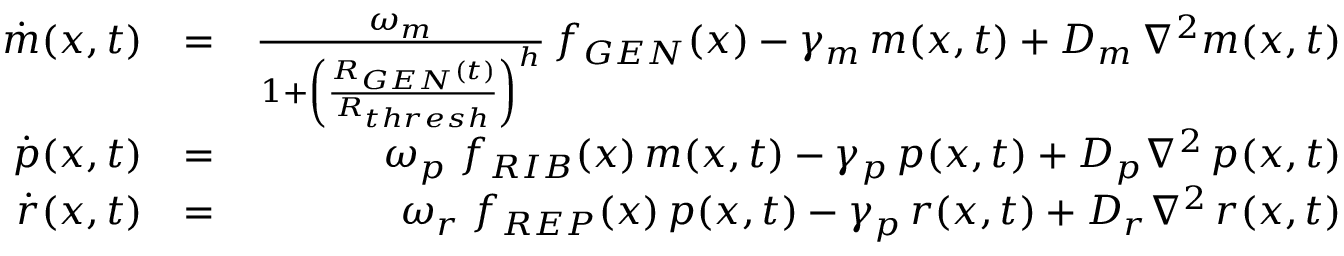
\begin{array} { r l r } { \dot { m } ( x , t ) } & { = } & { \frac { \omega _ { m } } { 1 + \left( \frac { R _ { G E N } ( t ) } { R _ { t h r e s h } } \right) ^ { h } } \, f _ { G E N } ( x ) - \gamma _ { m } \, m ( x , t ) + D _ { m } \, \nabla ^ { 2 } m ( x , t ) } \\ { \dot { p } ( x , t ) } & { = } & { \omega _ { p } \; f _ { R I B } ( x ) \, m ( x , t ) - \gamma _ { p } \, p ( x , t ) + D _ { p } \nabla ^ { 2 } \, p ( x , t ) } \\ { \dot { r } ( x , t ) } & { = } & { \omega _ { r } \; f _ { R E P } ( x ) \, p ( x , t ) - \gamma _ { p } \, r ( x , t ) + D _ { r } \nabla ^ { 2 } \, r ( x , t ) } \end{array}